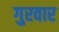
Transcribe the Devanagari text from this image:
गुरवार